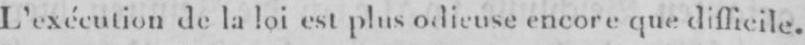
L’exécution de la loi est plus odieuse encore que difficile.